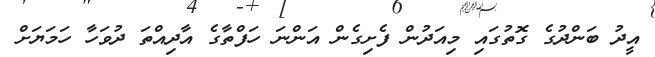
އީދު ބަންދުގެ ގޮތުގައި މިއަދުން ފެށިގެން އަންނަ ހަފްތާގެ އާދިއްތަ ދުވަހާ ހަމަޔަށް